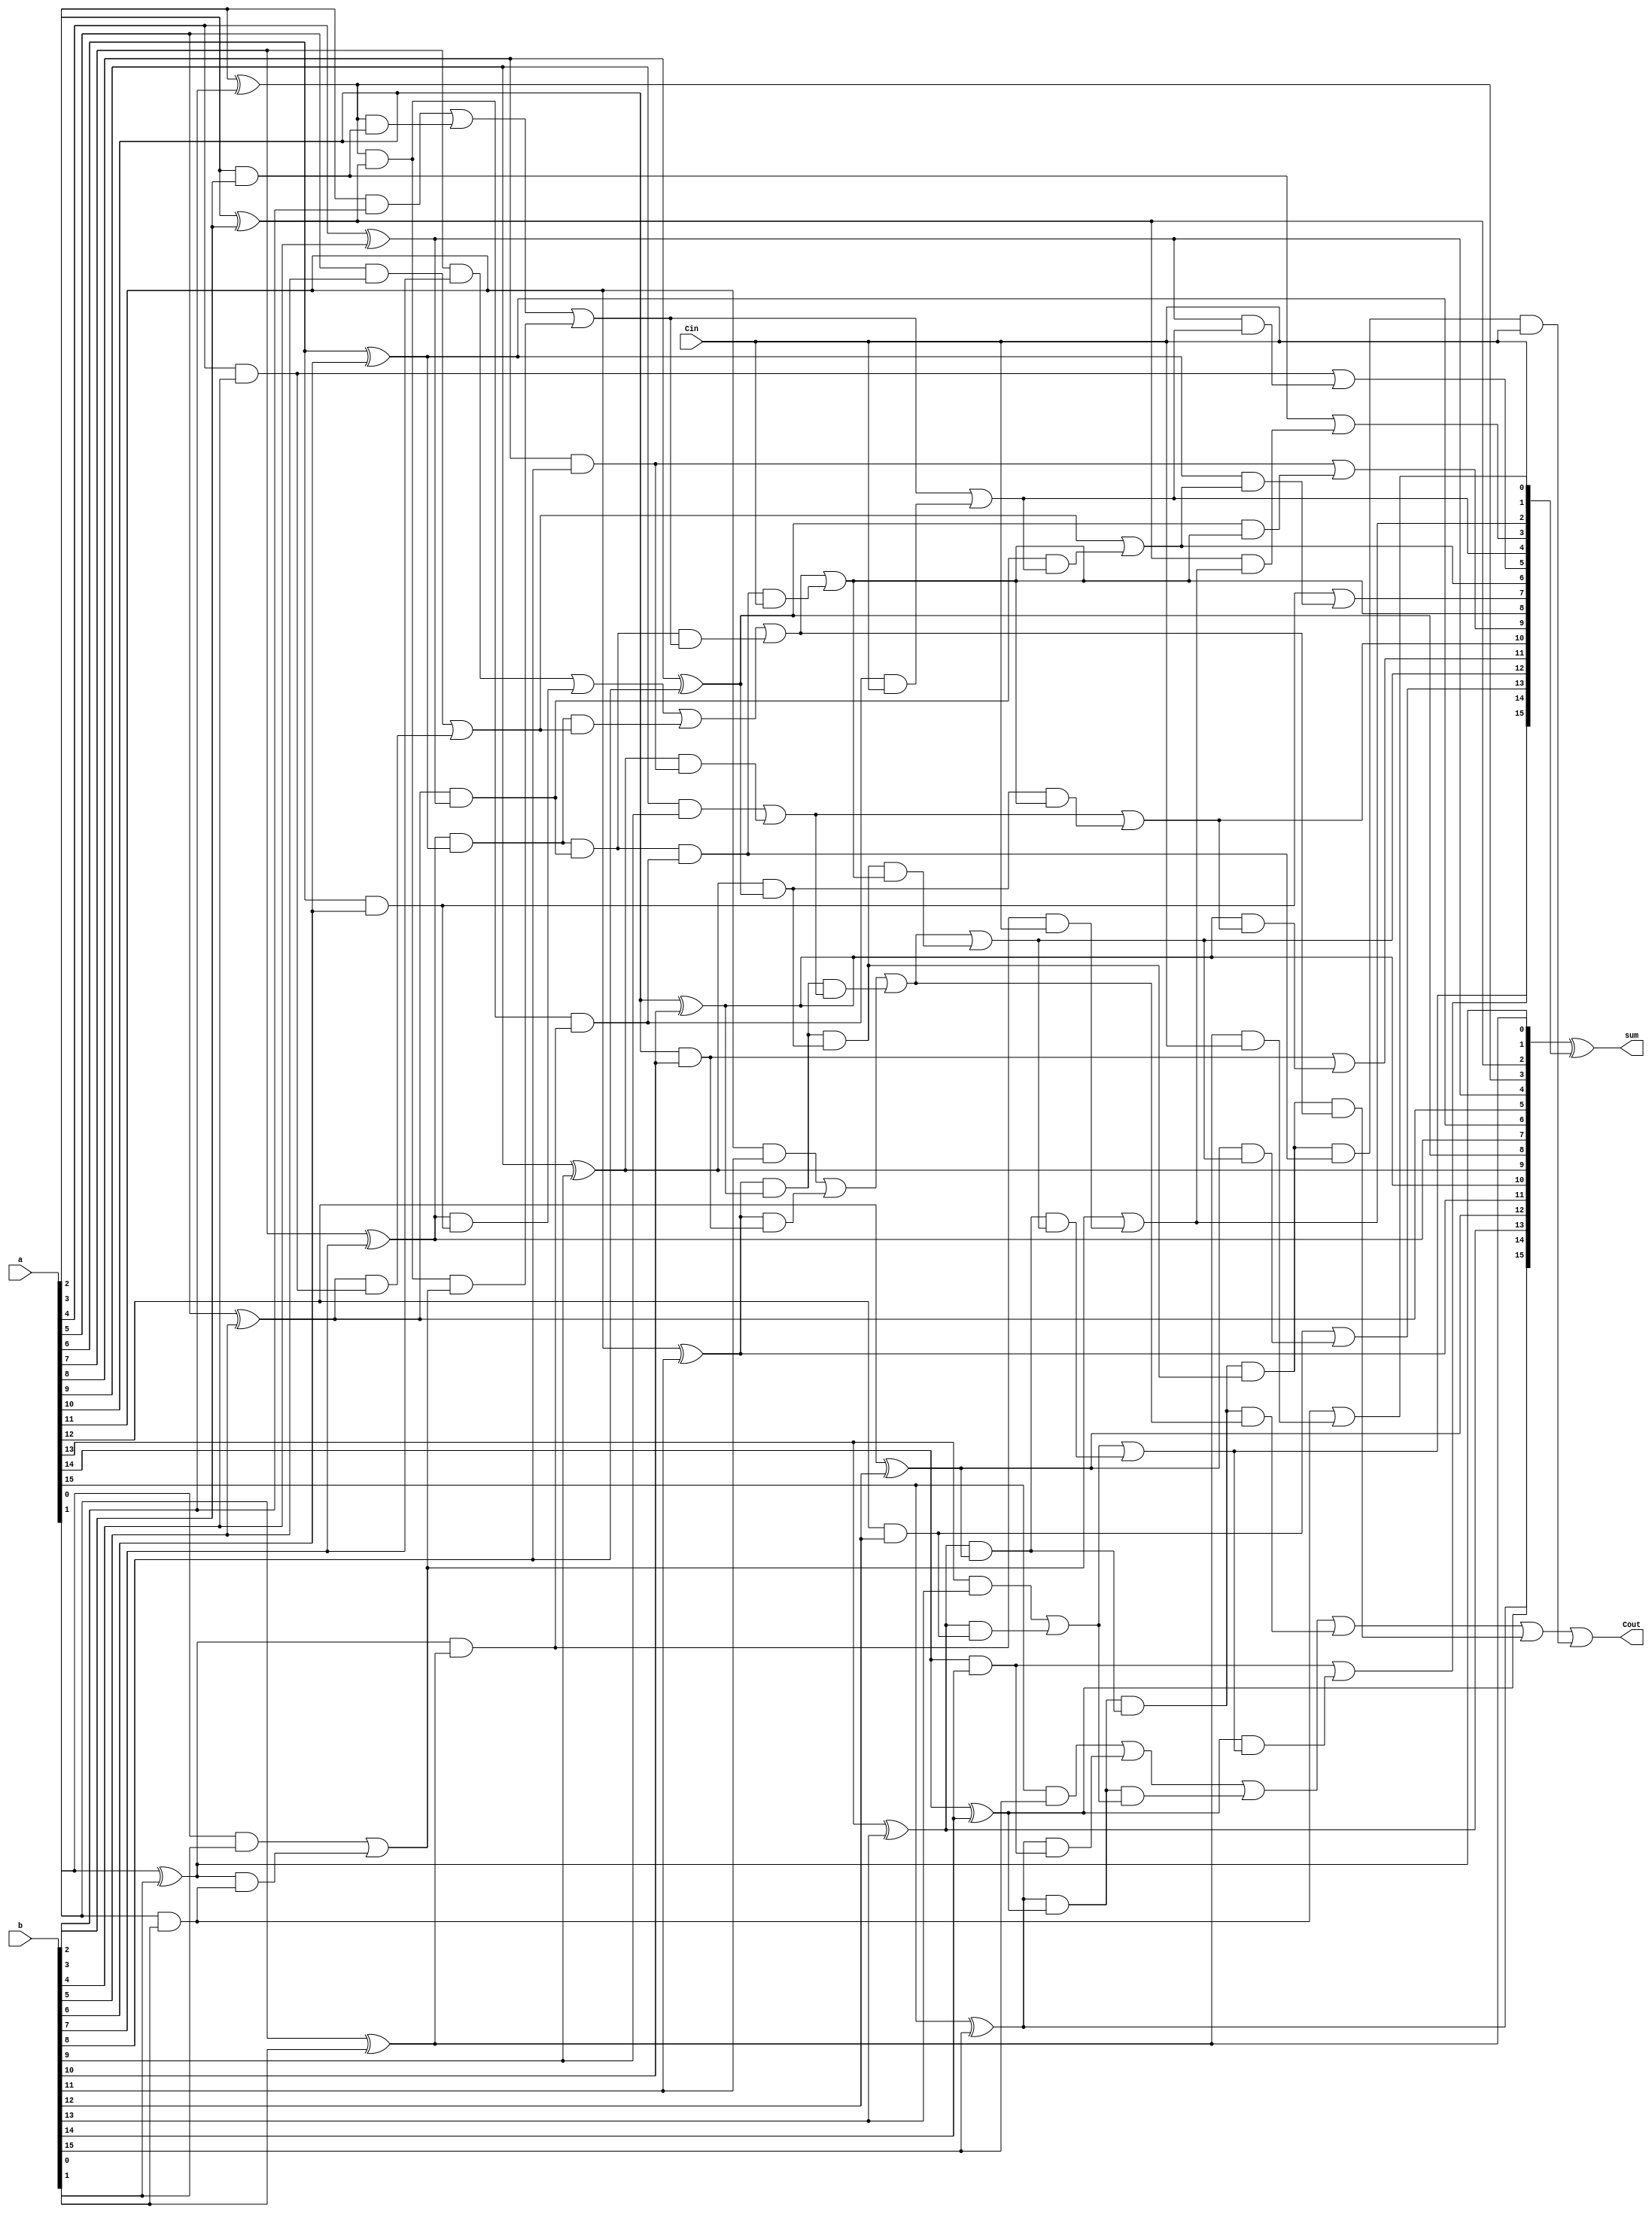
`timescale 1ns / 1ps
//////////////////////////////////////////////////////////////////////////////////
// Company: 
// Engineer: 
// 
// Design Name: 
// Module Name:    Brent_kung_adder 
// Project Name: 
// Target Devices: 
// Tool versions: 
// Description: 
//
// Dependencies: 
//
// Revision: 
// Revision 0.01 - File Created
// Additional Comments:
//
//////////////////////////////////////////////////////////////////////////////////
module Brent_kung_adder(
    input [15:0] a,
    input [15:0] b,
    output Cout,
    input Cin,
    output [15:0] sum
    );

reg [15:0] gen_fo,prop_fo; //first order generation,propagation
reg [7:0] gen_so,prop_so;//second order
reg [3:0] gen_to,prop_to;//third order
reg [1:0] gen_foro,prop_foro;//fourth order
reg gen_fifo,prop_fifo;//fifth order
wire [16:0] Carry;
integer i;

always@*
begin

for (i=0;i<16;i=i+1)
begin
gen_fo[i]=a[i]& b[i];
prop_fo[i]=a[i] ^ b[i];
end

for (i=0;i<8;i=i+1)
begin
//j=i%2;
gen_so[i]=gen_fo[2*i+1] | (prop_fo[2*i+1] & gen_fo[2*i]);
prop_so[i]=prop_fo[2*i+1] & prop_fo[2*i];
end

for (i=0;i<4;i=i+1)
begin
//j=i%4;
gen_to[i]=gen_so[2*i+1] | (prop_so[2*i+1] & gen_so[2*i]);
prop_to[i]=prop_so[2*i+1] & prop_so[2*i];
end


for (i=0;i<2;i=i+1)
begin
//j=i%8;
gen_foro[i]=gen_to[2*i+1] | (prop_to[2*i+1] & gen_to[2*i]);
prop_foro[i]=prop_to[2*i+1] & prop_to[2*i];
end


gen_fifo=gen_foro[1] | (prop_foro[1] & gen_foro[0]);
prop_fifo=prop_foro[1] & prop_foro[0];
end

assign Carry[0] = Cin;

//first computation
assign Carry[1] = gen_fo[0] | (prop_fo[0]&Carry[0]);

assign Carry[2] = gen_so[0] | (prop_so[0]&Carry[0]);

assign Carry[4] = gen_to[0] | (prop_to[0]&Carry[0]);

assign Carry[8] = gen_foro[0] | (prop_foro[0]&Carry[0]);

assign Carry[16] = gen_fifo | (prop_fifo&Carry[0]);


//second computation
assign Carry[3] = gen_fo[2] | (prop_fo[2]&Carry[2]);

assign Carry[5] = gen_fo[4] | (prop_fo[4]&Carry[4]);

assign Carry[9] = gen_fo[8] | (prop_fo[8]&Carry[8]);

assign Carry[6] = gen_so[2] | (prop_so[2]&Carry[4]);

assign Carry[10] = gen_so[4] | (prop_so[4]&Carry[8]);

assign Carry[12] = gen_to[2] | (prop_to[2]&Carry[8]);


//third computation
assign Carry[7] = gen_fo[6] | (prop_fo[6]&Carry[6]);

assign Carry[11] = gen_fo[10] | (prop_fo[10]&Carry[10]);

assign Carry[13] = gen_fo[12] | (prop_fo[12]&Carry[12]);

assign Carry[14] = gen_so[6] | (prop_so[6]&Carry[12]);

//fourth computation
assign Carry[15] = gen_fo[14] | (prop_fo[14]&Carry[14]);


assign sum[15:0] = prop_fo[15:0] ^ Carry[15:0];

assign Cout=Carry[16];


endmodule